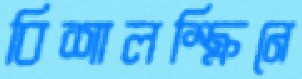
বিশালস্ক্রিনে